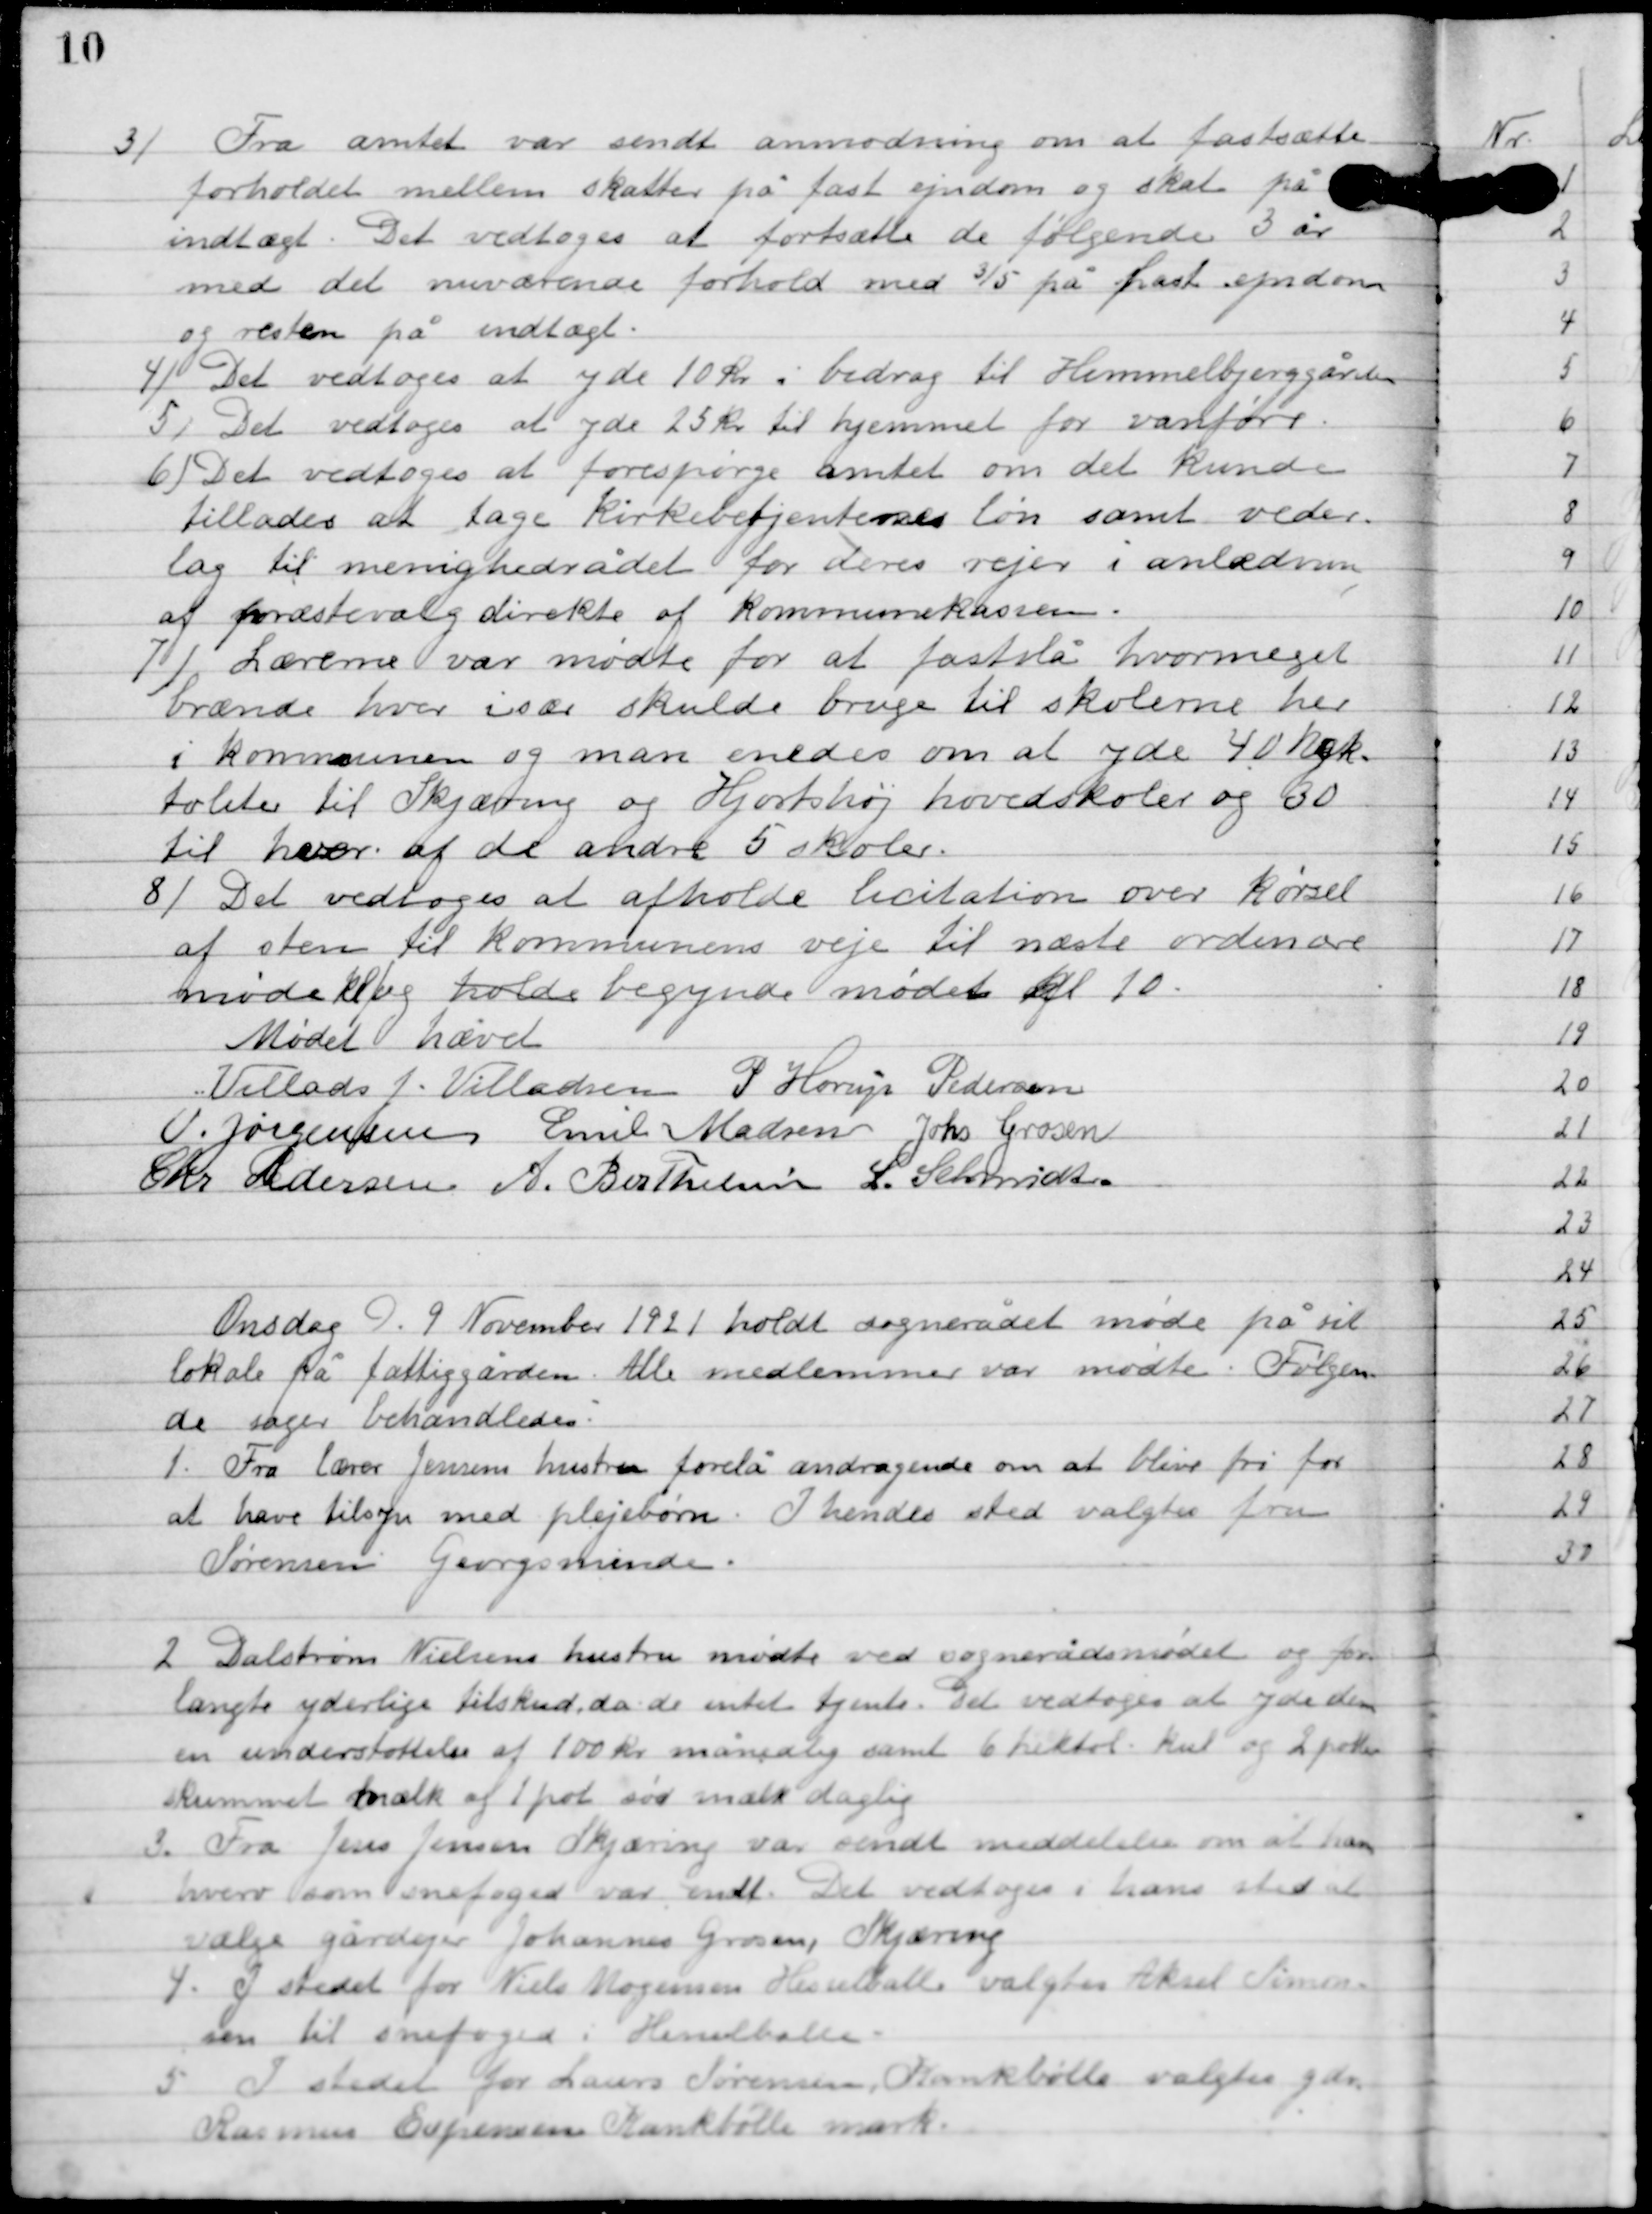
Transskription:
3

Fra amtet var sendt anmodning om at fastsætte
forholdet mellem skatter på fast ejendom og skat på
indtægt. Det vedtoges at fastsætte de følgende 3 år
med det nuværende forhold med 3/5 på fast ejendom
og resten på indtægt.

4

Det vedtoges at yde 10 kr. i bidrag til Himmelbjerggåren.

5

Det vedtoges at yde 25 kr. til hjemmet for vandføre.

6

Det vedtoges at forespørge amtet om det kunde
tillades at tage Kirkebetjentens løn samt veder-
lag til menighedsrådet for deres rejer i anledningen
af præstevalg direkte af kommunekassen.

7

Lærerne var mødte for at fastslå hvor meget
brænde hver især skulde bruge til skolerne her
i kommunen og man enedes om at yde 40 hgk.
fordeles til Skjæring og Hjortshøj hovedskoler og 30
til hver af de andre 5 skoler.

8

Det vedtoges at afholde licitation over kørsel
af sten til kommunens veje til næste ordinære
møde kl og holde begynde mødet kl. 10.

Mødet hævet

Villads J. Villadsen
 P. Henry Pedersen
V. Jørgensen
Emil Madsen
Johs. Grosen
Chr. Christensen
A. Berthelsen
L. Schmidt

Onsdag D. 9. november 1921 holdt sognerådet møde på sit
lokale på fattiggården. Alle medlemmer var mødt. Følgen-
de sager behandledes:

1

Fra lærer Jensens hustru forelå andragende om at blive fri for
at have tilsyn med plejebørn. I hendes sted valgtes fru
Sørensen Georgsminde.

2

Dalstrøm Nielsens hustru mødte ved sognerådets møde og for-
langte yderligere tilskud, da de intet tjente. Det vedtoges at yde dem
en understøttelse af 100 kr. månedlig samt 6 liter kul og 2 potter
skummet mælk af 1 pot sød mælk daglig.

3

Fra Jens Jenssen Skjæring var sendt meddelelse om at hans
hverv som snefoged var endt. Det vedtoges i hans sted at
vælge gårdejer Johannes Grosen, Skjæring.

4

I stedet for Niels Mogensen Hesselballe valgtes Aksel Søren-
sen til snefoged i Hesselballe.

5

I stedet for Laurs Sørensen Hesselballe valgtyes gdr.
Rasmus Espersen Kankbølle mark.